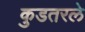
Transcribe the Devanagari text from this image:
कुडतरले